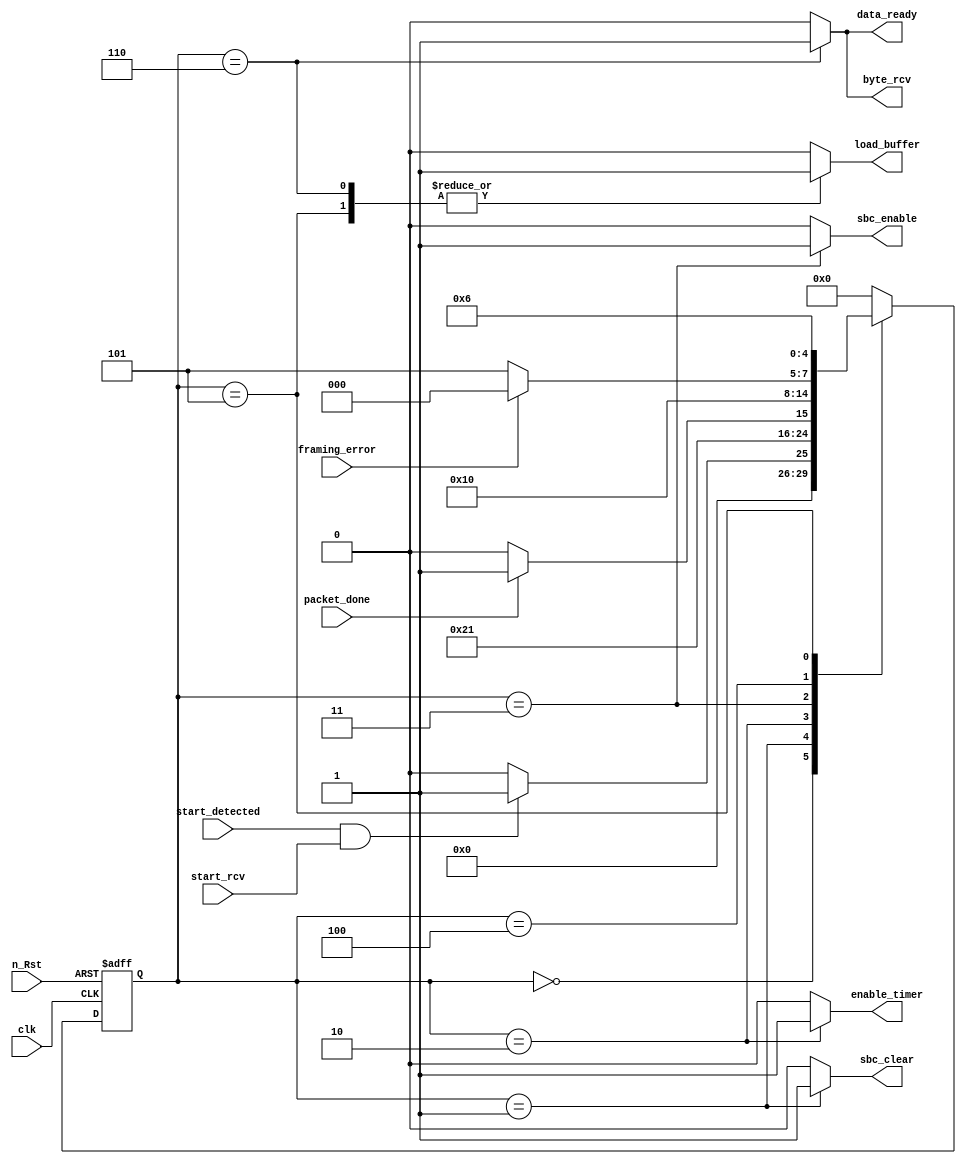
/*
File name:   rcu.v
Created:     2/28/2013
Author:      Chuan Yean Tan
Version:	1.0 
Description: receive control unit of UART

Extracted from ECE337

*/

module rcu(			input clk, n_Rst, 
				input start_detected, 
				input framing_error,
				input packet_done,
				input start_rcv,
				output reg sbc_clear, 
				output reg sbc_enable, 
				output reg enable_timer,
				output reg data_ready,
				output reg load_buffer,
				output reg byte_rcv);

//TOP LEVEL STATES
parameter [2:0]
		IDLE		= 	3'd0,
		CLR_ERR 	= 	3'd1,
		LOAD_DATA 	= 	3'd2,
		CHECK 		= 	3'd3,
		TEMP 		= 	3'd4,
		LOAD_BUF 	= 	3'd5,
		DAT_READY	=	3'd6;

reg [4:0] state;
reg [4:0] nextState;
		
//next state logic
always @ (posedge clk, negedge n_Rst) begin 

	if (n_Rst == 1'd0) begin 
		state <= IDLE; 
	end else begin 
		state <= nextState;
	end
end

//state machines transition
always @ (state, start_detected,packet_done,framing_error,start_rcv)begin
	case (state)
	
	IDLE: begin 
		if (start_detected == 1'b1 && start_rcv == 1'b1) begin 
			nextState <= CLR_ERR; 
		end else begin
			nextState <= IDLE;
		end
	end  
	
	CLR_ERR: begin 
		nextState <= LOAD_DATA;
	end

	LOAD_DATA: begin 
		if (packet_done == 1'b1) begin 
			nextState <= CHECK;
		end else begin 
			nextState <= LOAD_DATA;
		end 
	end 
	
	CHECK: begin
		nextState <= TEMP;
	end
	
	TEMP: begin 
		if (framing_error == 1'b1) begin 
			nextState <= IDLE;
		end else begin 
			nextState <= LOAD_BUF;
		end	
	end

	LOAD_BUF: begin 
		nextState <= DAT_READY;
	end

	DAT_READY: begin
		nextState <= IDLE;
	end
	
	default: begin
		nextState <= IDLE;
	end
	endcase
end 

//state machine output
always @ (state, start_detected,packet_done,framing_error)
begin 

	case (state) 
	
	IDLE: begin
		sbc_clear 	<= 1'b0;
		sbc_enable 	<= 1'b0;
		load_buffer 	<= 1'b0;
		enable_timer 	<= 1'b0;
		data_ready 	<= 1'b0;
		byte_rcv	<= 1'b0;
	end

	CLR_ERR: begin 
		sbc_clear 	<= 1'b1;
		sbc_enable 	<= 1'b0;
		load_buffer 	<= 1'b0;
		enable_timer 	<= 1'b0;
		data_ready 	<= 1'b0;
		byte_rcv	<= 1'b0;
	end

	LOAD_DATA: begin 
		sbc_clear 	<= 1'b0;
		sbc_enable 	<= 1'b0;
		load_buffer 	<= 1'b0;
		enable_timer 	<= 1'b1;
		data_ready 	<= 1'b0;
		byte_rcv	<= 1'b0;
	end

	CHECK: begin 
		sbc_clear 	<= 1'b0;
		sbc_enable 	<= 1'b1;
		load_buffer 	<= 1'b0;
		enable_timer 	<= 1'b0;
		data_ready 	<= 1'b0;
		byte_rcv	<= 1'b0;
	end

	TEMP: begin 
		sbc_clear 	<= 1'b0;
		sbc_enable 	<= 1'b0;
		load_buffer 	<= 1'b0;
		enable_timer 	<= 1'b0;
		data_ready 	<= 1'b0;
		byte_rcv	<= 1'b0;
	end

	LOAD_BUF: begin 
		sbc_clear 	<= 1'b0;
		sbc_enable 	<= 1'b0;
		load_buffer 	<= 1'b1;
		enable_timer 	<= 1'b0;
		data_ready 	<= 1'b0;
		byte_rcv	<= 1'b0;
	end

	DAT_READY: begin 
		sbc_clear 	<= 1'b0;
		sbc_enable 	<= 1'b0;
		load_buffer 	<= 1'b1;
		enable_timer 	<= 1'b0;
		data_ready 	<= 1'b1;
		byte_rcv	<= 1'b1;
	end
	
	default: begin
		sbc_clear 	<= 1'b0;
		sbc_enable 	<= 1'b0;
		load_buffer 	<= 1'b0;
		enable_timer 	<= 1'b0;
		data_ready 	<= 1'b0;
		byte_rcv	<= 1'b0;
	end
	endcase
end
	
endmodule